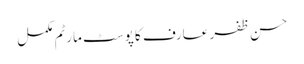
حسن ظفر عارف کا پوسٹ مارٹم مکمل